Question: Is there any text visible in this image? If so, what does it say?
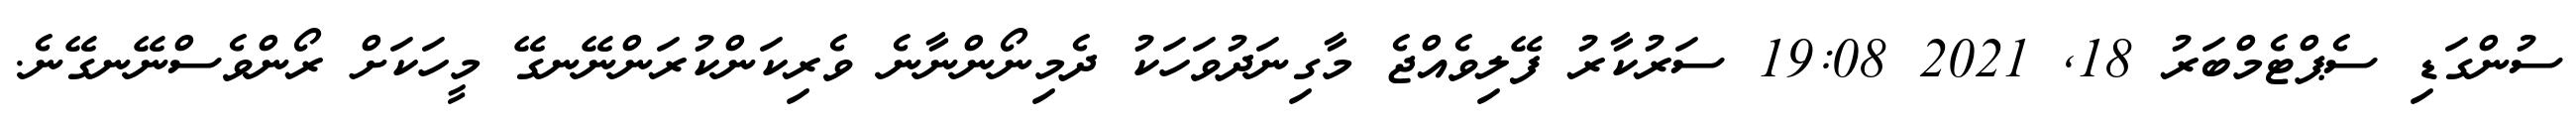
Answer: ސުންގަޑި ސެޕްޓެމްބަރު 18, 2021 19:08 ސަރުކާރު ފޭލިވެއްޖެ މާގިނަދުވަހަކު ދެމިނޯންނާނެ ވެރިކަންކުރަންނޭނގޭ މީހަކަށް ރޯންވެސްނޭނގޭނެ.